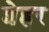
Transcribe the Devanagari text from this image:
शेह्रर